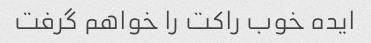
ایده خوب راکت را خواهم گرفت